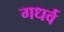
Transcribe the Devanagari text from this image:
गधर्व